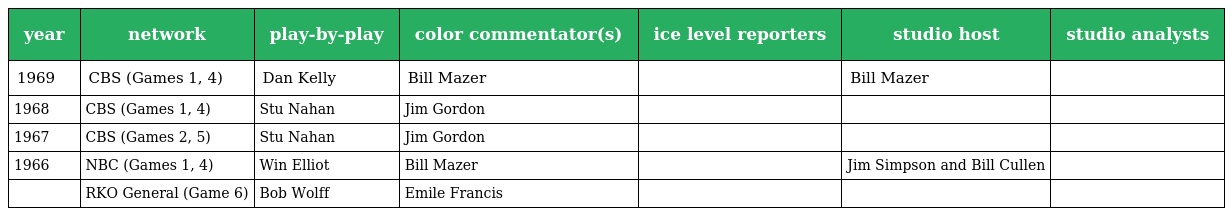
| year | network | play-by-play | color commentator(s) | ice level reporters | studio host | studio analysts |
 | --- | --- | --- | --- | --- | --- | --- |
 | 1969 | CBS (Games 1, 4) | Dan Kelly | Bill Mazer |  | Bill Mazer |  |
 | 1968 | CBS (Games 1, 4) | Stu Nahan | Jim Gordon |  |  |  |
 | 1967 | CBS (Games 2, 5) | Stu Nahan | Jim Gordon |  |  |  |
 | 1966 | NBC (Games 1, 4) | Win Elliot | Bill Mazer |  | Jim Simpson and Bill Cullen |  |
 |  | RKO General (Game 6) | Bob Wolff | Emile Francis |  |  |  |